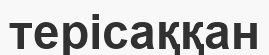
терісаққан